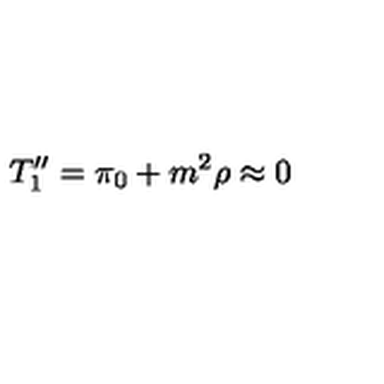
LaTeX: T _ { 1 } ^ { \prime \prime } = \pi _ { 0 } + m ^ { 2 } \rho \approx 0